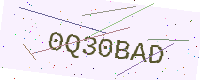
Text: 0Q30BAD